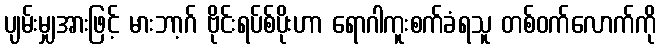
ပျမ်းမျှအားဖြင့် မားဘာ့ဂ် ဗိုင်းရပ်စ်ပိုးဟာ ရောဂါကူးစက်ခံရသူ တစ်ဝက်လောက်ကို